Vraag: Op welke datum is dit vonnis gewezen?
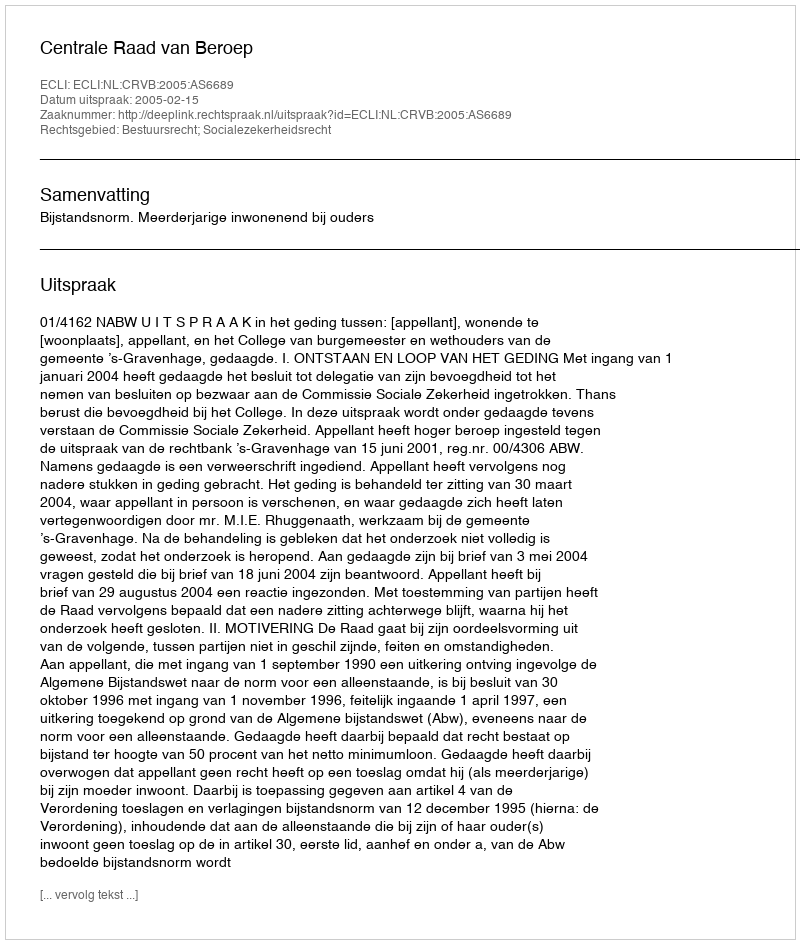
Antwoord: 2005-02-15